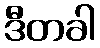
ဒီတခါ